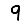
Digit: 9